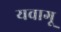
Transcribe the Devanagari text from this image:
यवागू